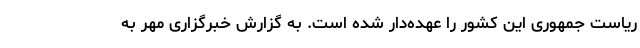
ریاست جمهوری این کشور را عهده‌دار شده است. به گزارش خبرگزاری مهر به